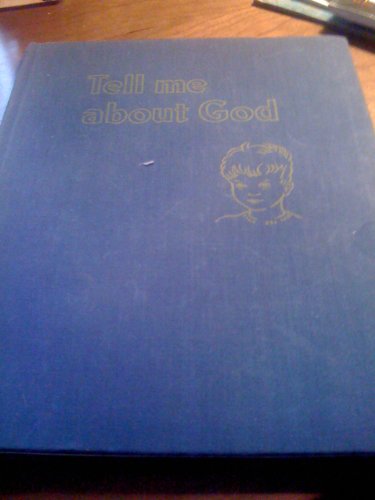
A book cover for Tell me about God,; Mary Alice Jones; Travel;